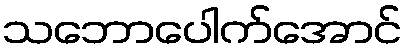
သဘောပေါက်အောင်